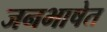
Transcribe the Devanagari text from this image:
जनभाषेत